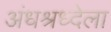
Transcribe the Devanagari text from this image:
अंधश्रध्देला